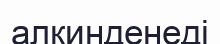
алкинденеді